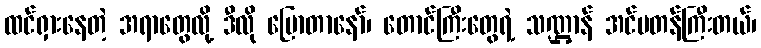
ထင်ရှားနေတဲ့ အရာတွေလို့ ဒီလို ပြောတာနော်၊ တောင်ကြီးတွေရဲ့ သဏ္ဌာန် အင်မတန်ကြီးတယ်၊